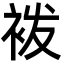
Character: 袯